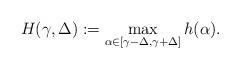
LaTeX: \begin{align*} H(\gamma,\Delta):=\max_{\alpha\in[\gamma-\Delta,\gamma+\Delta]} h(\alpha).\end{align*}